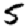
Digit: 5